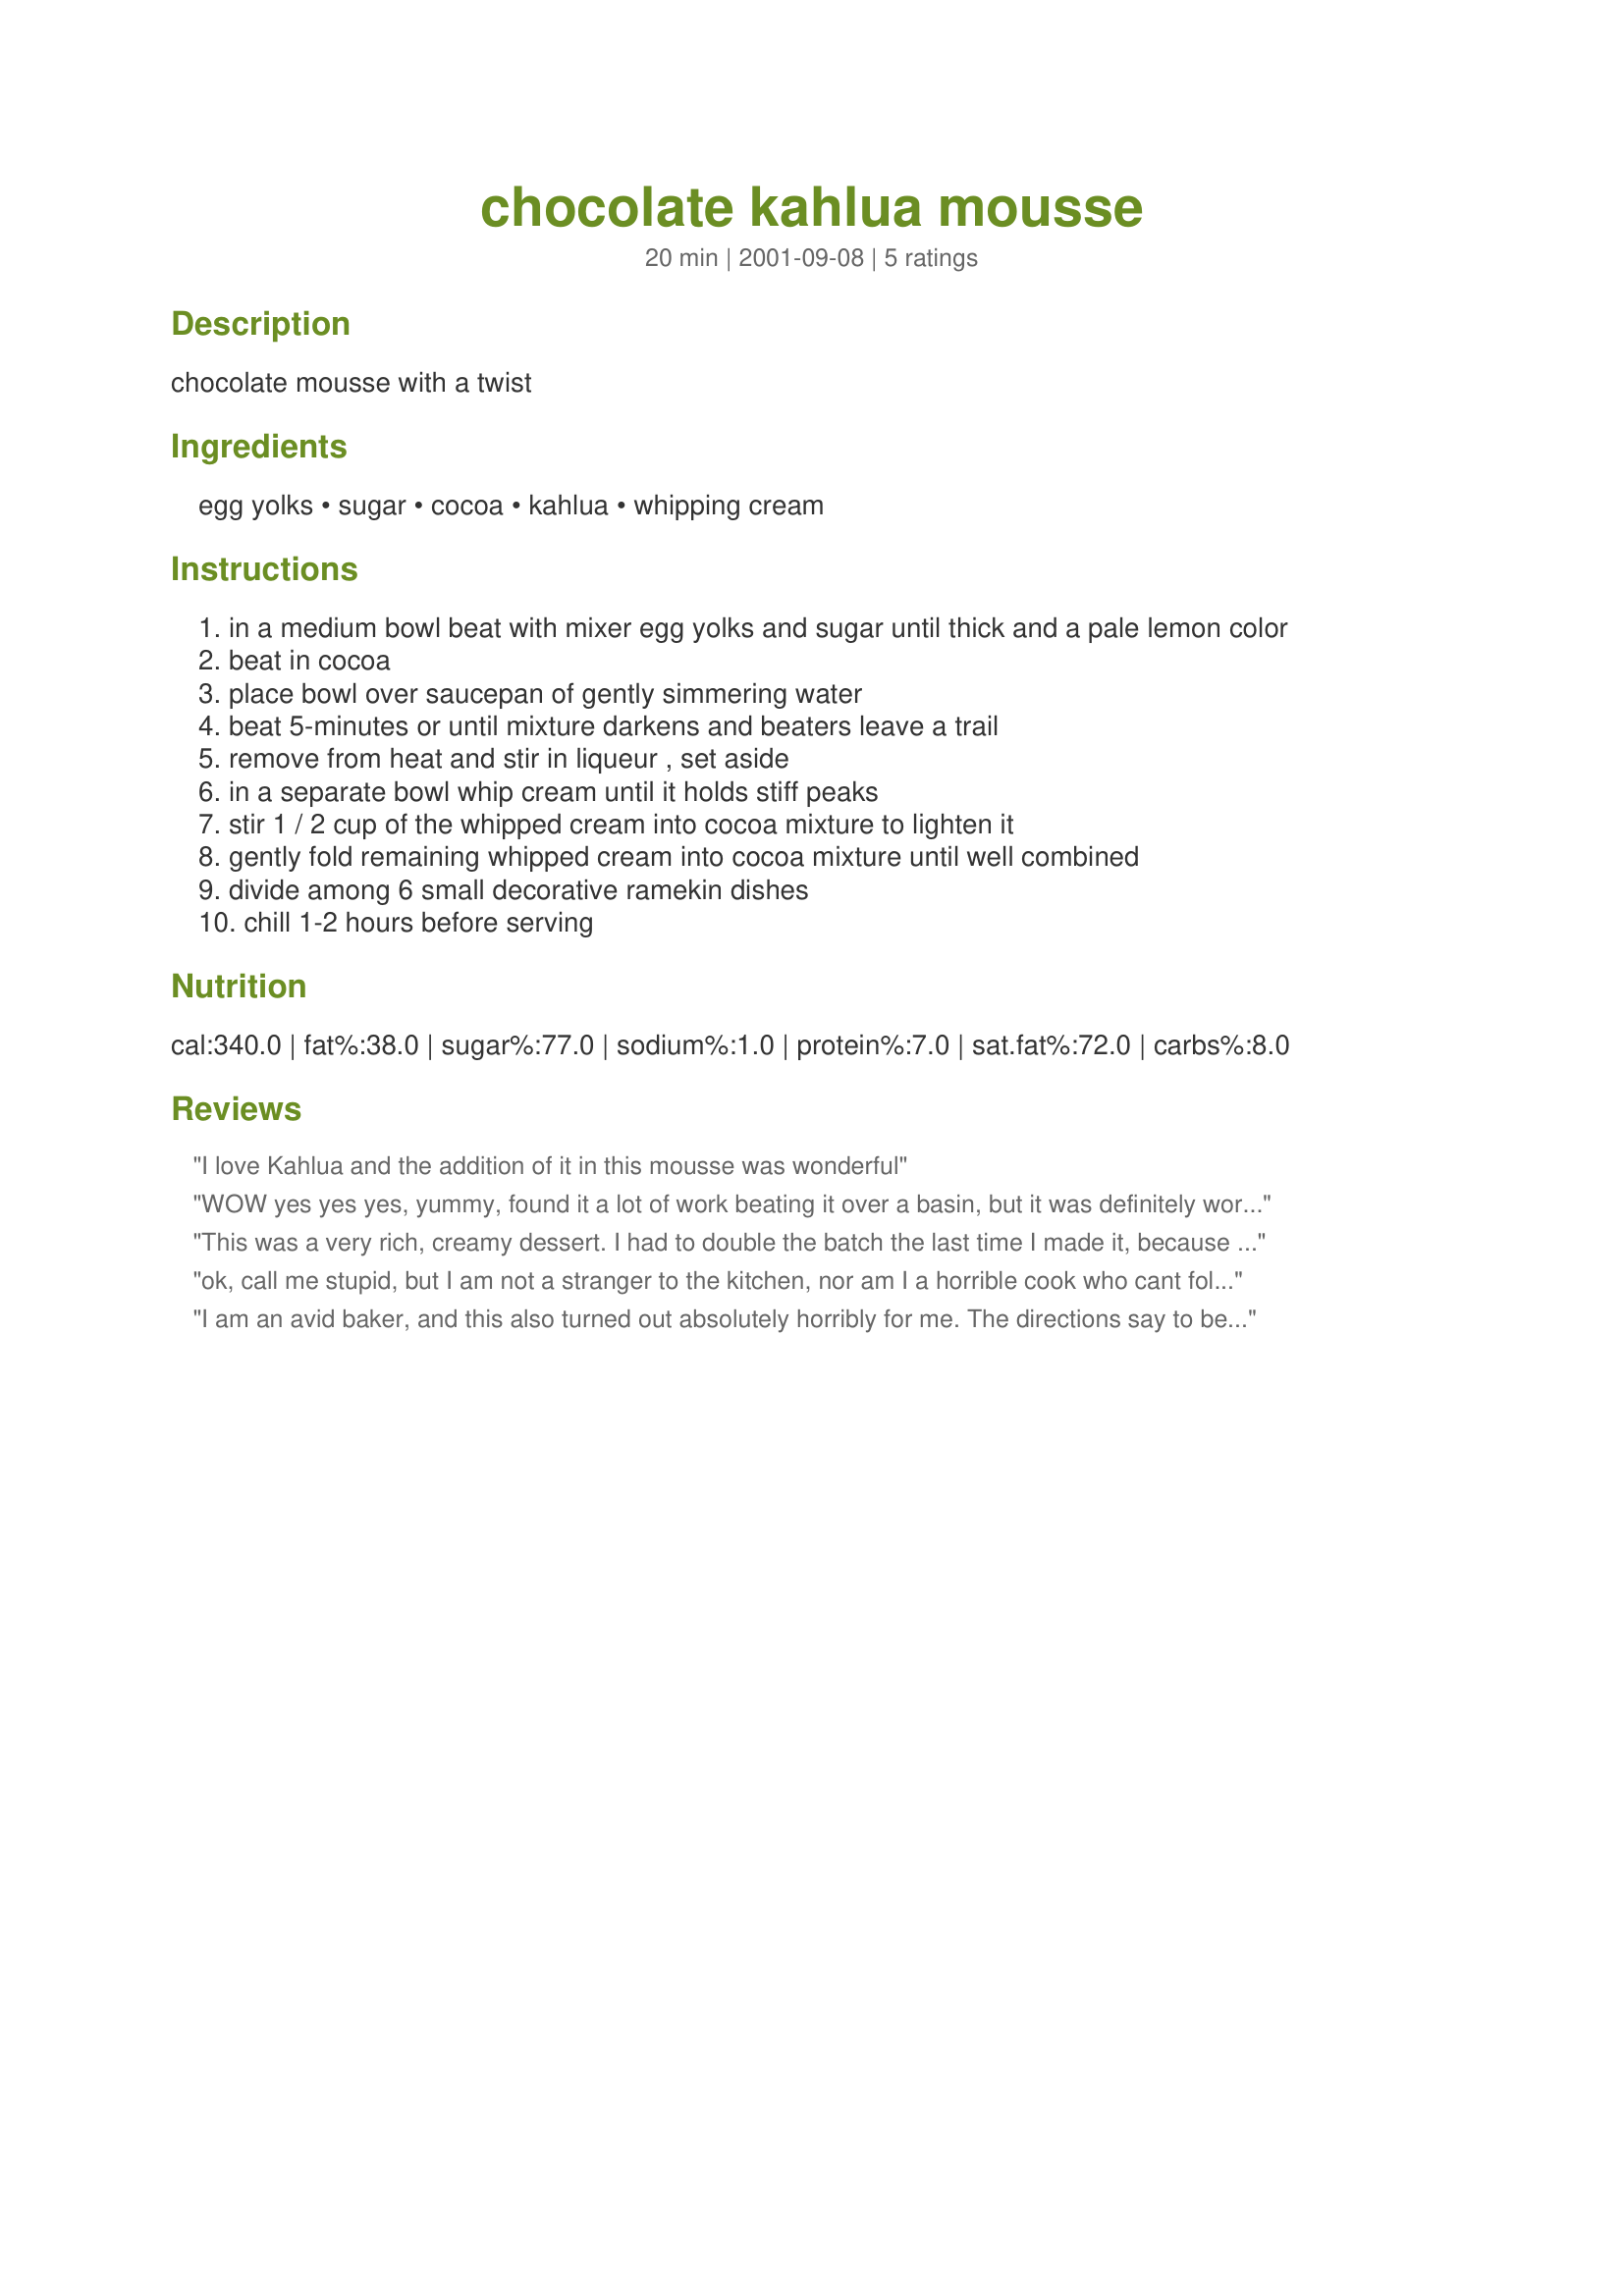
chocolate kahlua mousse
Preparation time: 20 minutes

chocolate mousse with a twist

Ingredients:
egg yolks, sugar, cocoa, kahlua, whipping cream

Steps:
in a medium bowl beat with mixer egg yolks and sugar until thick and a pale lemon color
beat in cocoa
place bowl over saucepan of gently simmering water
beat 5-minutes or until mixture darkens and beaters leave a trail
remove from heat and stir in liqueur , set aside
in a separate bowl whip cream until it holds stiff peaks
stir 1 / 2 cup of the whipped cream into cocoa mixture to lighten it
gently fold remaining whipped cream into cocoa mixture until well combined
divide among 6 small decorative ramekin dishes
chill 1-2 hours before serving

Reviews:
I love Kahlua and the addition of it in this mousse was wonderful
WOW yes yes yes, yummy, found it a lot of work beating it over a basin, but it was definitely worth the trouble, it was my first ever choc mousse, and is it a good one, my kids are tucking into it right now, would make two lots next time as the serves were very small and only did three serves. I had no Kahlua but put in Baileys irish Cream instead. Awesome recipe.
This was a very rich, creamy dessert. I had to double the batch the last time I made it, because everyone couldn't get enough of it!
ok, call me stupid, but I am not a stranger to the kitchen, nor am I a horrible cook who cant follow a recipe, but this just didn't work out right for me (so far) still waiting for the chilling period to end to see if it taste ok... the mixing of the first two ingredients was a total disaster. It clumped up and seemed to be a dry paste that would not smooth out even over simmering pot of water. So when I finished the mixing of all ingredients, and put in a pastry bag to squeeze into cordial cups, big hunks of chocolate plugged up the bag and would squirt out in clumps, it was horrible. Nothing like spooning clumps of chocolate out of your mousse..ughh... Not impressed, sorry!
I am an avid baker, and this also turned out absolutely horribly for me. The directions say to beat the mixture over the simmering water for 5 minutes, until the beaters leave a trail. But my mixture turned into a huge, stiff blob EVEN BEFORE I put it over the simmering water-- as soon as I added the cocoa. I put it over the water and could barely stir it, let alone beat it. But I tried the mixer, because I knew stirring would get me no where. It was awful. It IS awful. It&#039;s almost solid. I just had to wrestle with it to get it off of my beaters.
